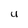
Character: U